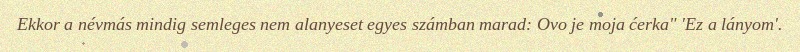
Ekkor a névmás mindig semleges nem alanyeset egyes számban marad: Ovo je moja ćerka" 'Ez a lányom'.